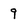
Character: 9